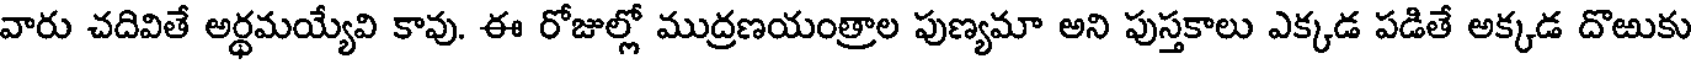
వారు చదివితే అర్థమయ్యేవి కావు. ఈ రోజుల్లో ముద్రణయంత్రాల పుణ్యమా అని పుస్తకాలు ఎక్కడ పడితే అక్కడ దొఱుకు